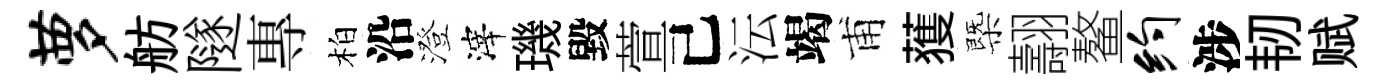
萝舫隧專柏沿澄滓璣毀萱己沄竭甫𫉬㮣翿鳌约涉韧赋